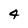
Character: 4